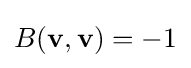
B(\mathbf {v} ,\mathbf {v} )=-1